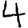
Digit: 4